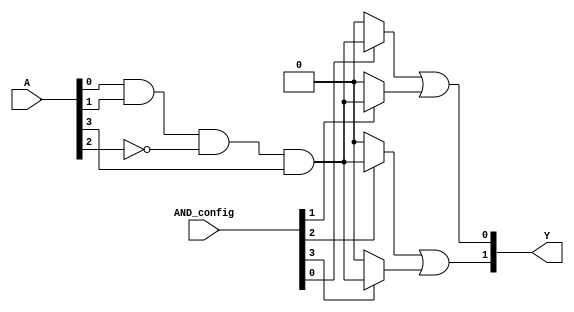
module SPAL #(
    parameter N = 4, // Number of inputs
    parameter P = 4, // Number of product terms
    parameter M = 2  // Number of outputs
)(
    input wire [N-1:0] A, // Input lines
    input wire [P-1:0] AND_config, // Configuration for AND array (programming bits)
    output wire [M-1:0] Y // Output lines
);

// Internal wires for AND product terms
wire [P-1:0] product_terms;

// Programmable AND array
genvar i, j;
generate
    for (i = 0; i < P; i = i + 1) begin: and_array
        assign product_terms[i] = (AND_config[i] == 1'b1) ? (A[0] & A[1] & ~A[2] & A[3]) : 1'b0; // Example logic
    end
endgenerate

// Fixed OR array
assign Y[0] = product_terms[0] | product_terms[1]; // Example output logic
assign Y[1] = product_terms[2] | product_terms[3]; // Example output logic

endmodule